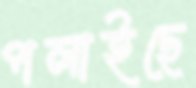
পলাইছে